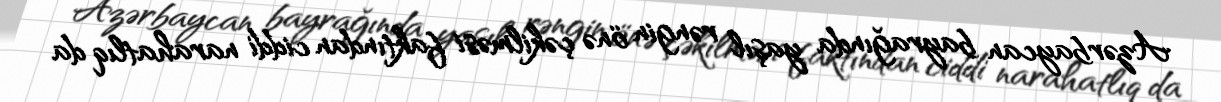
Azərbaycan bayrağında yaşıl rəngin önə çəkilməsi faktından ciddi narahatlıq da